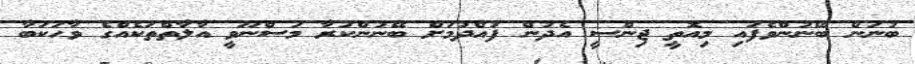
ބުނަން ބޭނުންވެފައި މިއޮތީ ޖިންސީ އެދުން ފުއްދުމަށް ބޭނުންކުރާ މަސްނޫވީ އާލާތްތަކެއްގެ ވާހަކަބާ